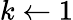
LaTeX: k\leftarrow 1